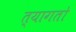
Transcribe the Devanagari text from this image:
त्यागतो